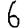
Digit: 6